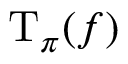
\operatorname { T } _ { \pi } ( f )